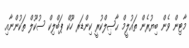
މާޓިން ވެން ބިޔުރެން ތައުލީމް ޙާޞިލްކުރީ ކިންޑަރ ހޫކް ޕަބްލިކް ސުކޫލް ތަކުންނާއި